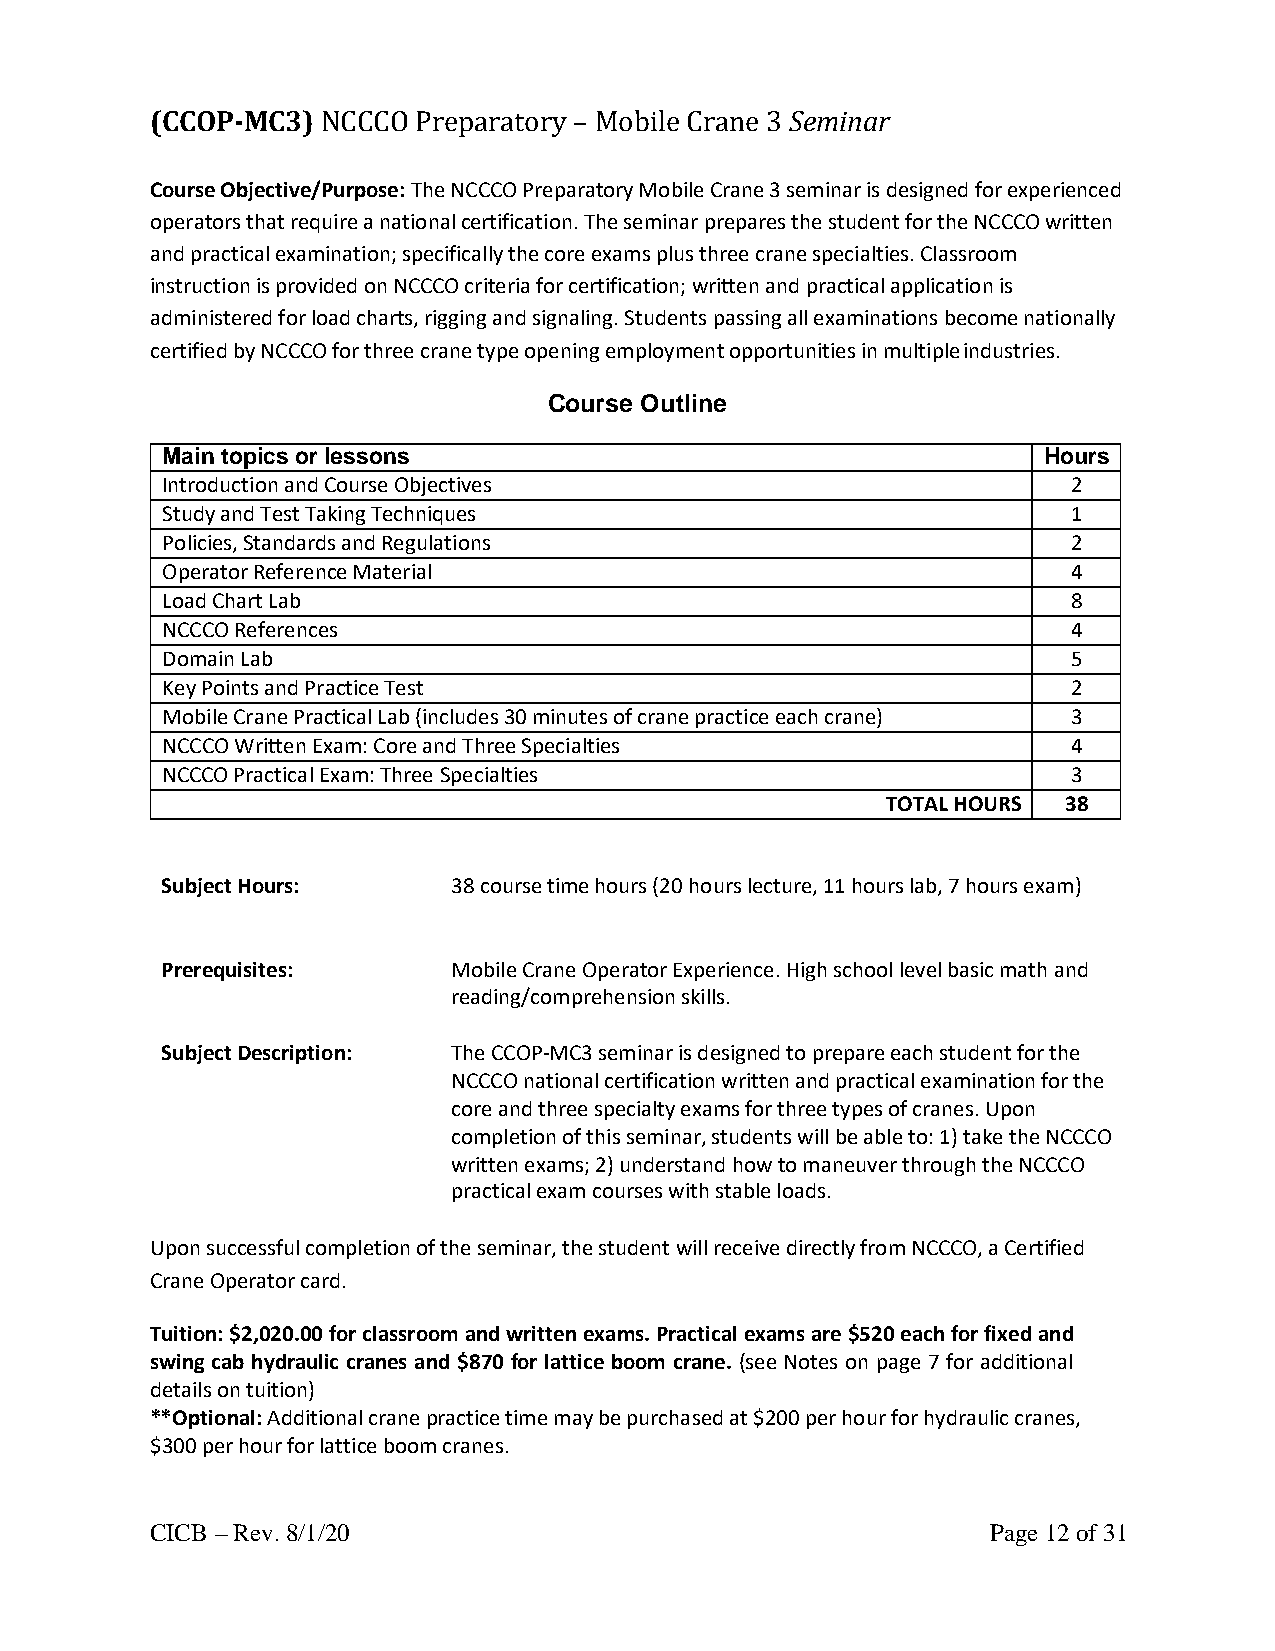
(CCOP-MC3) NCCCO Preparatory – Mobile Crane 3 Seminar
 Course Objective/Purpose: The NCCCO Preparatory Mobile Crane 3 seminar is designed for experienced
 operators that require a national certification. The seminar prepares the student for the NCCCO written
 and practical examination; specifically the core exams plus three crane specialties. Classroom
 instruction is provided on NCCCO criteria for certification; written and practical application is
 administered for load charts, rigging and signaling. Students passing all examinations become nationally
 certified by NCCCO for three crane type opening employment opportunities in multiple industries.
 Course Outline
 Main topics or lessons                                    Hours
 Introduction and Course Objectives                          2
 Study and Test Taking Techniques                            1
 Policies, Standards and Regulations                         2
 Operator Reference Material                                 4
 Load Chart Lab                                              8
 NCCCO References                                            4
 Domain Lab                                                  5
 Key Points and Practice Test                                2
 Mobile Crane Practical Lab (includes 30 minutes of crane practice each crane) 3
 NCCCO Written Exam: Core and Three Specialties              4
 NCCCO Practical Exam: Three Specialties                     3
 TOTAL HOURS 38
 Subject Hours:     38 course time hours (20 hours lecture, 11 hours lab, 7 hours exam)
 Prerequisites:     Mobile Crane Operator Experience. High school level basic math and
 reading/comprehension skills.
 Subject Description: The CCOP-MC3 seminar is designed to prepare each student for the
 NCCCO national certification written and practical examination for the
 core and three specialty exams for three types of cranes. Upon
 completion of this seminar, students will be able to: 1) take the NCCCO
 written exams; 2) understand how to maneuver through the NCCCO
 practical exam courses with stable loads.
 Upon successful completion of the seminar, the student will receive directly from NCCCO, a Certified
 Crane Operator card.
 Tuition: $2,020.00 for classroom and written exams. Practical exams are $520 each for fixed and
 swing cab hydraulic cranes and $870 for lattice boom crane. (see Notes on page 7 for additional
 details on tuition)
 **Optional: Additional crane practice time may be purchased at $200 per hour for hydraulic cranes,
 $300 per hour for lattice boom cranes.
 CICB – Rev. 8/1/20                                      Page 12 of 31